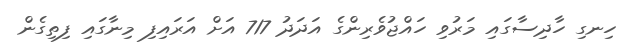
ހިނގި ހާދިސާގައި މަރުވި ހައްޖުވެރިންގެ އަދަދު 717 އަށް އަރައިފި މިނާގައި ފިތިގެން